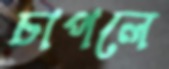
চাপলে